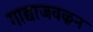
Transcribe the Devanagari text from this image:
गाद्याजवळून